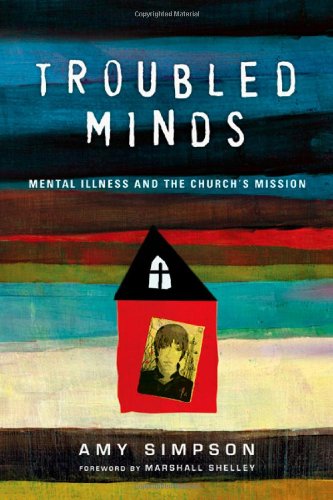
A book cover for Troubled Minds: Mental Illness and the Church's Mission; Amy Simpson; Christian Books & Bibles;